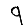
Digit: 9